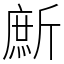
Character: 㫂